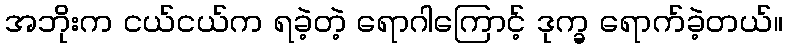
အဘိုးက ငယ်ငယ်က ရခဲ့တဲ့ ရောဂါကြောင့် ဒုက္ခ ရောက်ခဲ့တယ်။